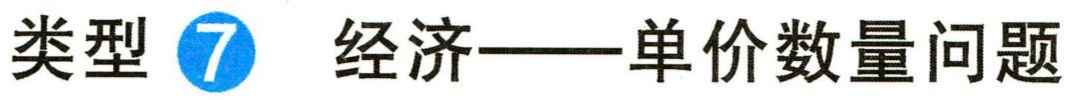
类型\( \textcircled{7} \) 经济——单价数量问题